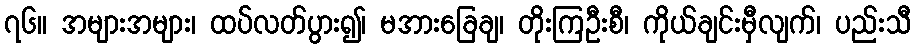
၇၆။ အများအများ၊ ထပ်လတ်ပွား၍၊ မအားခြေချ၊ တိုးကြဦးစီ၊ ကိုယ်ချင်းမှီလျက်၊ ပည်းသီ